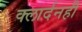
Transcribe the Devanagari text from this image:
क्लार्दनही